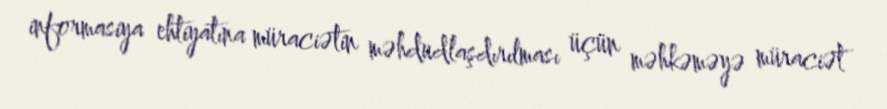
informasiya ehtiyatına müraciətin məhdudlaşdırılması üçün məhkəməyə müraciət